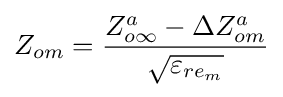
Z_{om}={\frac {Z_{o\infty }^{a}-\Delta Z_{om}^{a}}{\sqrt {\varepsilon _{re_{m}}}}}